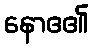
နောဧ၏